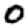
Digit: 0